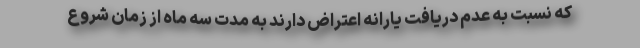
که نسبت به عدم دریافت یارانه اعتراض دارند به مدت سه ماه از زمان شروع